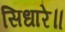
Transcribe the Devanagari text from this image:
सिधारे॥